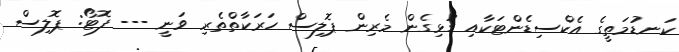
ކަނޑުމަތީގެ އެކްސިޑެންޓަކާއި ގުޅިގެން މެރިން ޕޮލިސް ހަރަކާތްތެރި ވަނީ --- ފޮޓޯ: ޕޮލިސް